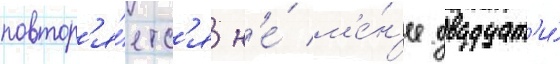
повтор'я́етс'я н'е́ м'е́н'ее двадцат'и́